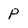
Character: p